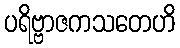
ပရိဗ္ဗာဇကသတေဟိ